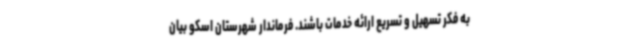
به فکر تسهیل و تسریع ارائه خدمات باشند. فرماندار شهرستان اسکو بیان